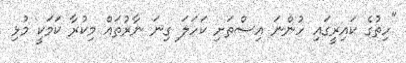
"ހިތުގެ ކައިރީގައި ހުންނަ އިސްތަށި ކަހަލަ ގިނަ ނާރުތައް މިކުރާ ކަމަކީ މުޅި